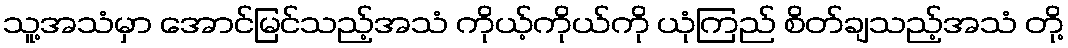
သူ့အသံမှာ အောင်မြင်သည့်အသံ ကိုယ့်ကိုယ်ကို ယုံကြည် စိတ်ချသည့်အသံ တို့